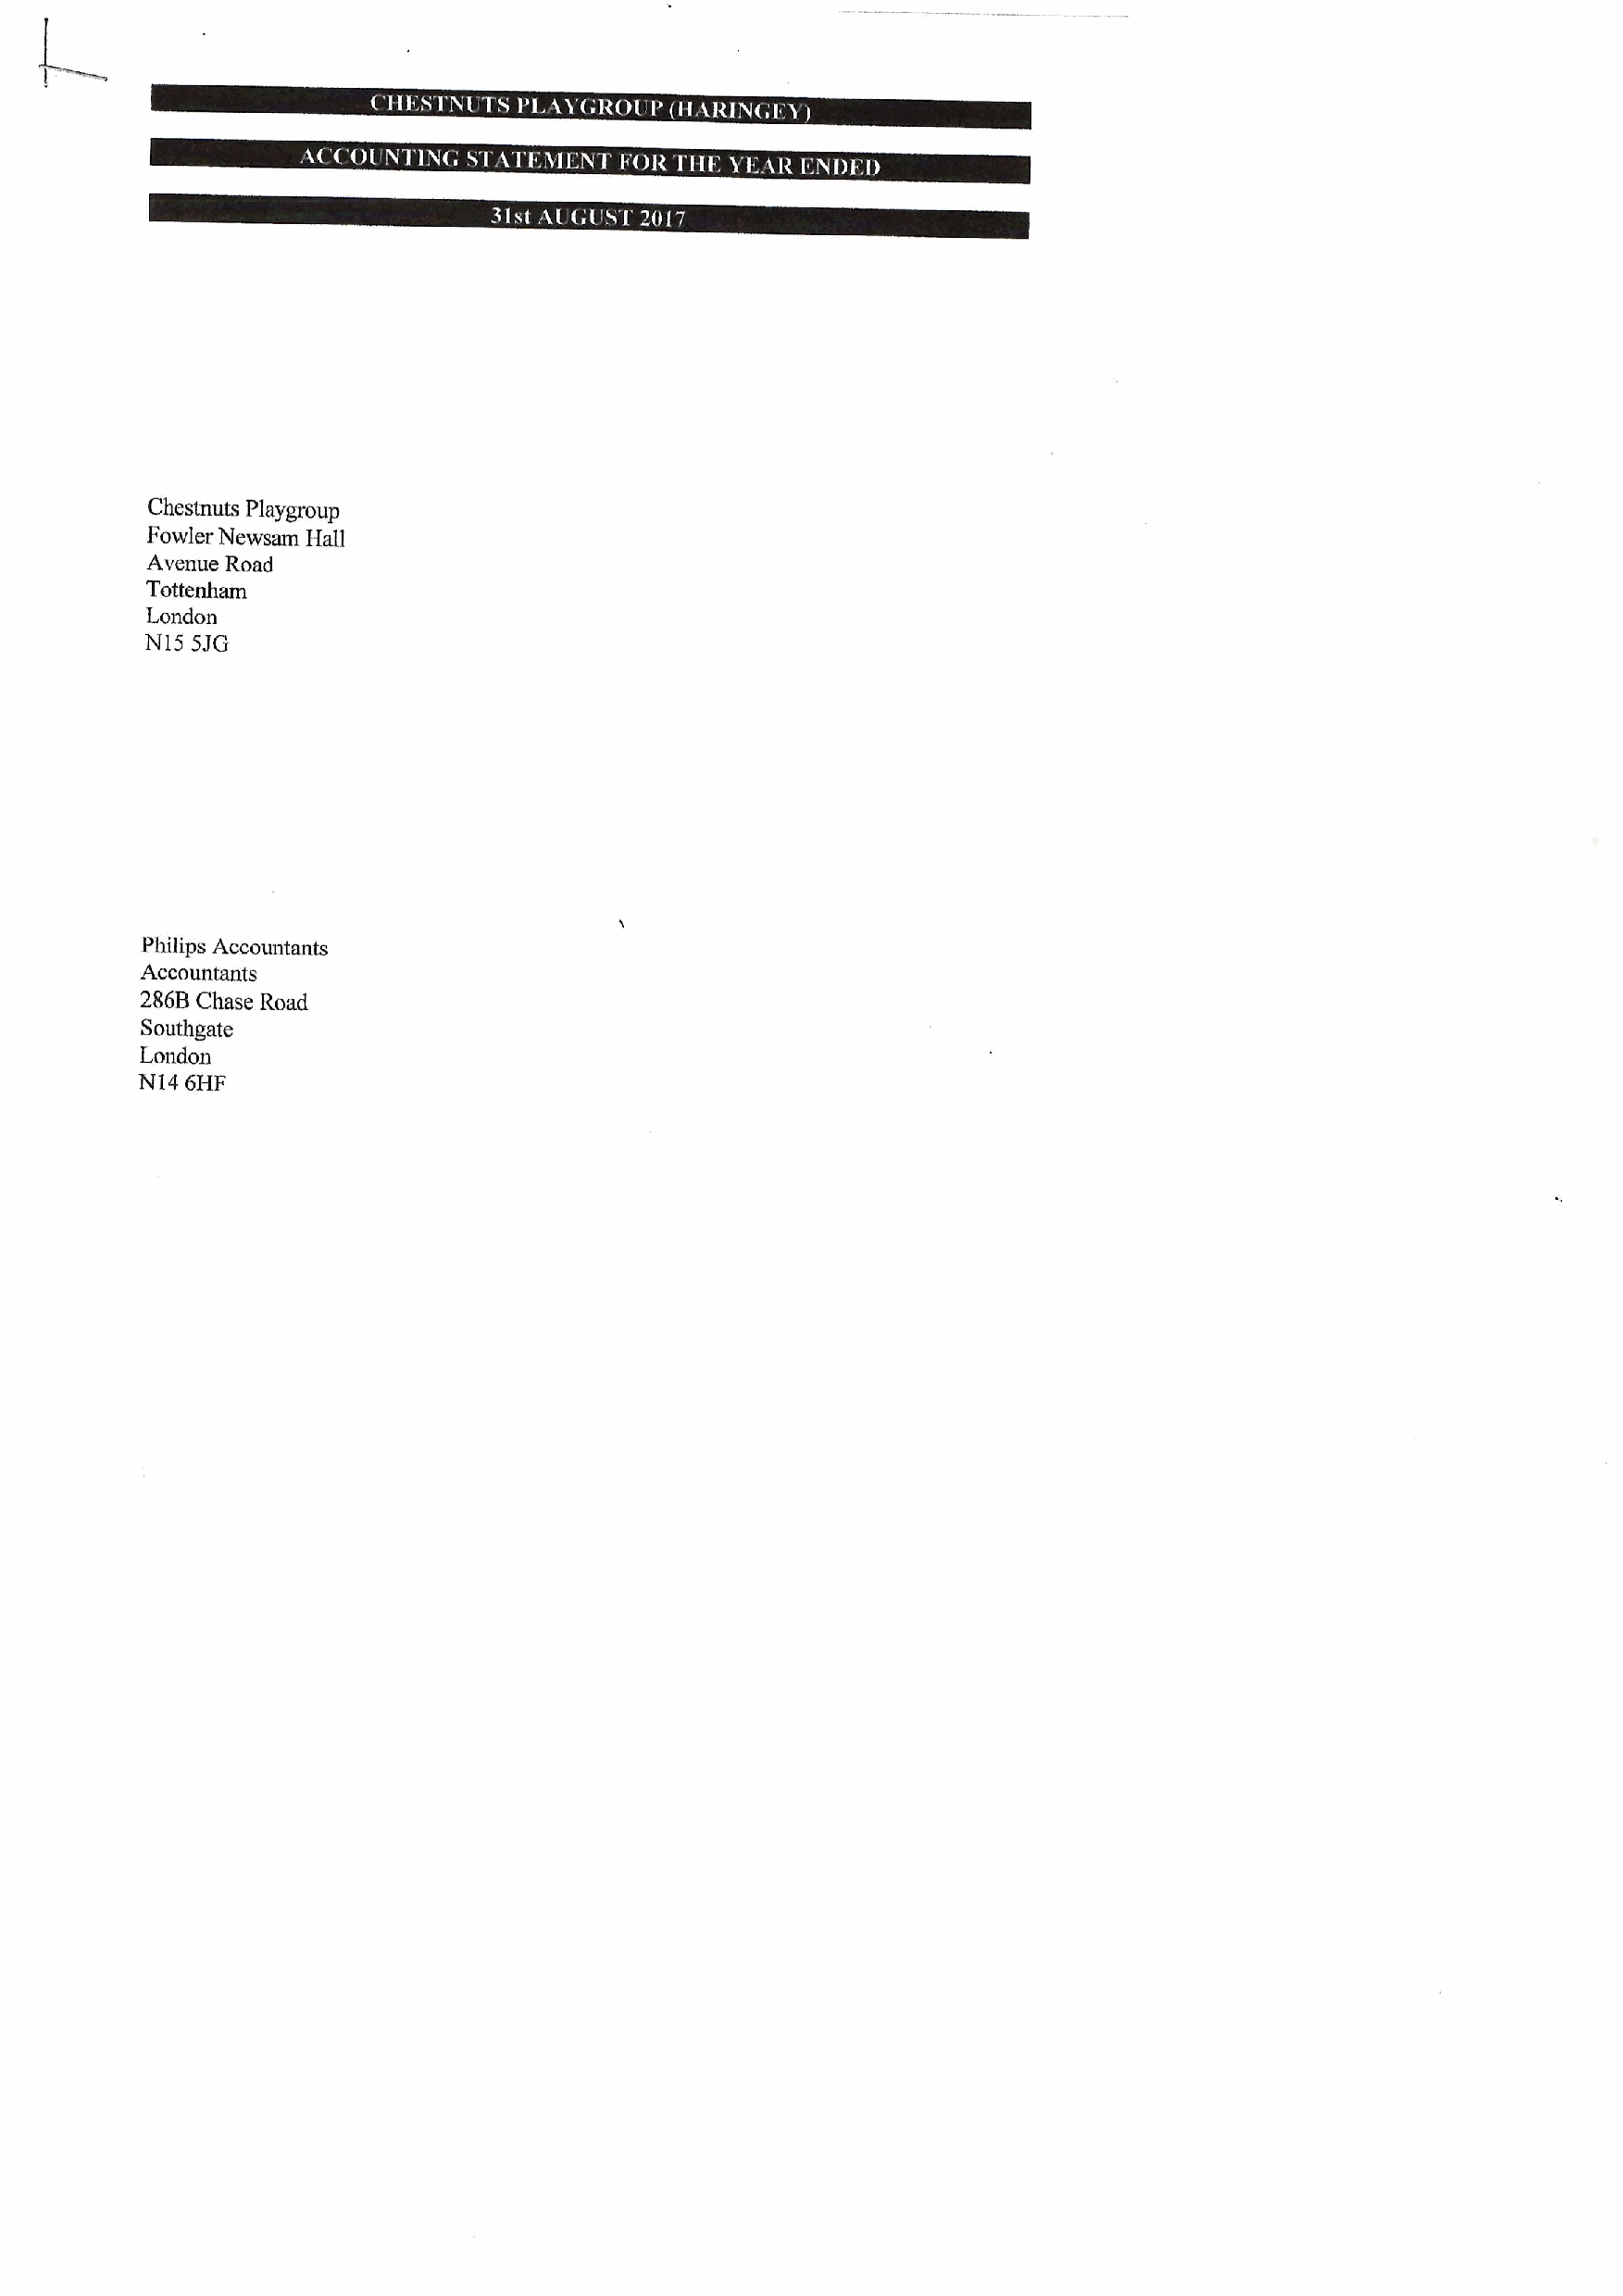
Chestnuts Playgroup
 Fowler Newsam Hall
 Avenue Road
 Tottenham
 London
 N15 5JG
 Philips Accountants
 Accountants
 286B Chase Road
 Southgate
 London
 NI4 6HF